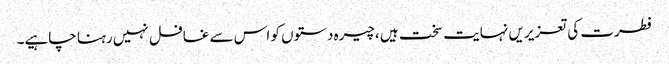
فطرت کی تعزیریں نہایت سخت ہیں ،چیرہ دستوں کو اس سے غافل نہیں رہنا چاہیے۔